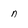
Character: n